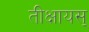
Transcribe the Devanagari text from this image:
तीक्षायस्